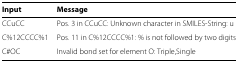
<table><thead><tr><td><b>Input</b></td><td><b>Message</b></td></tr></thead><tbody><tr><td>CCuCC</td><td>Pos. 3 in CCuCC: Unknown character in SMILES-String: u</td></tr><tr><td>C%12CCCC%1</td><td>Pos. 11 in C%12CCCC%1: % is not followed by two digits</td></tr><tr><td>C#OC</td><td>Invalid bond set for element O: Triple,Single</td></tr></tbody></table>